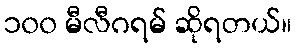
၁၀၀ မီလီဂရမ် ဆိုရတယ်။